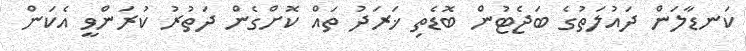
ކަނޑާލަން ދައުލަތުގެ ބަޖެޓުން ބޮޑެތި ޚަރަދު ތައް ކޮށްގެން ދަތުރު ކުރަންވީ އެކަން